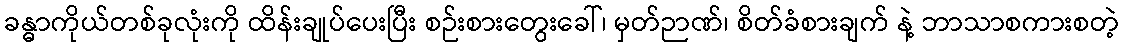
ခန္ဓာကိုယ်တစ်ခုလုံးကို ထိန်းချုပ်ပေးပြီး စဉ်းစားတွေးခေါ်၊ မှတ်ဉာဏ်၊ စိတ်ခံစားချက် နဲ့ ဘာသာစကားစတဲ့